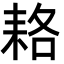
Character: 𦓱